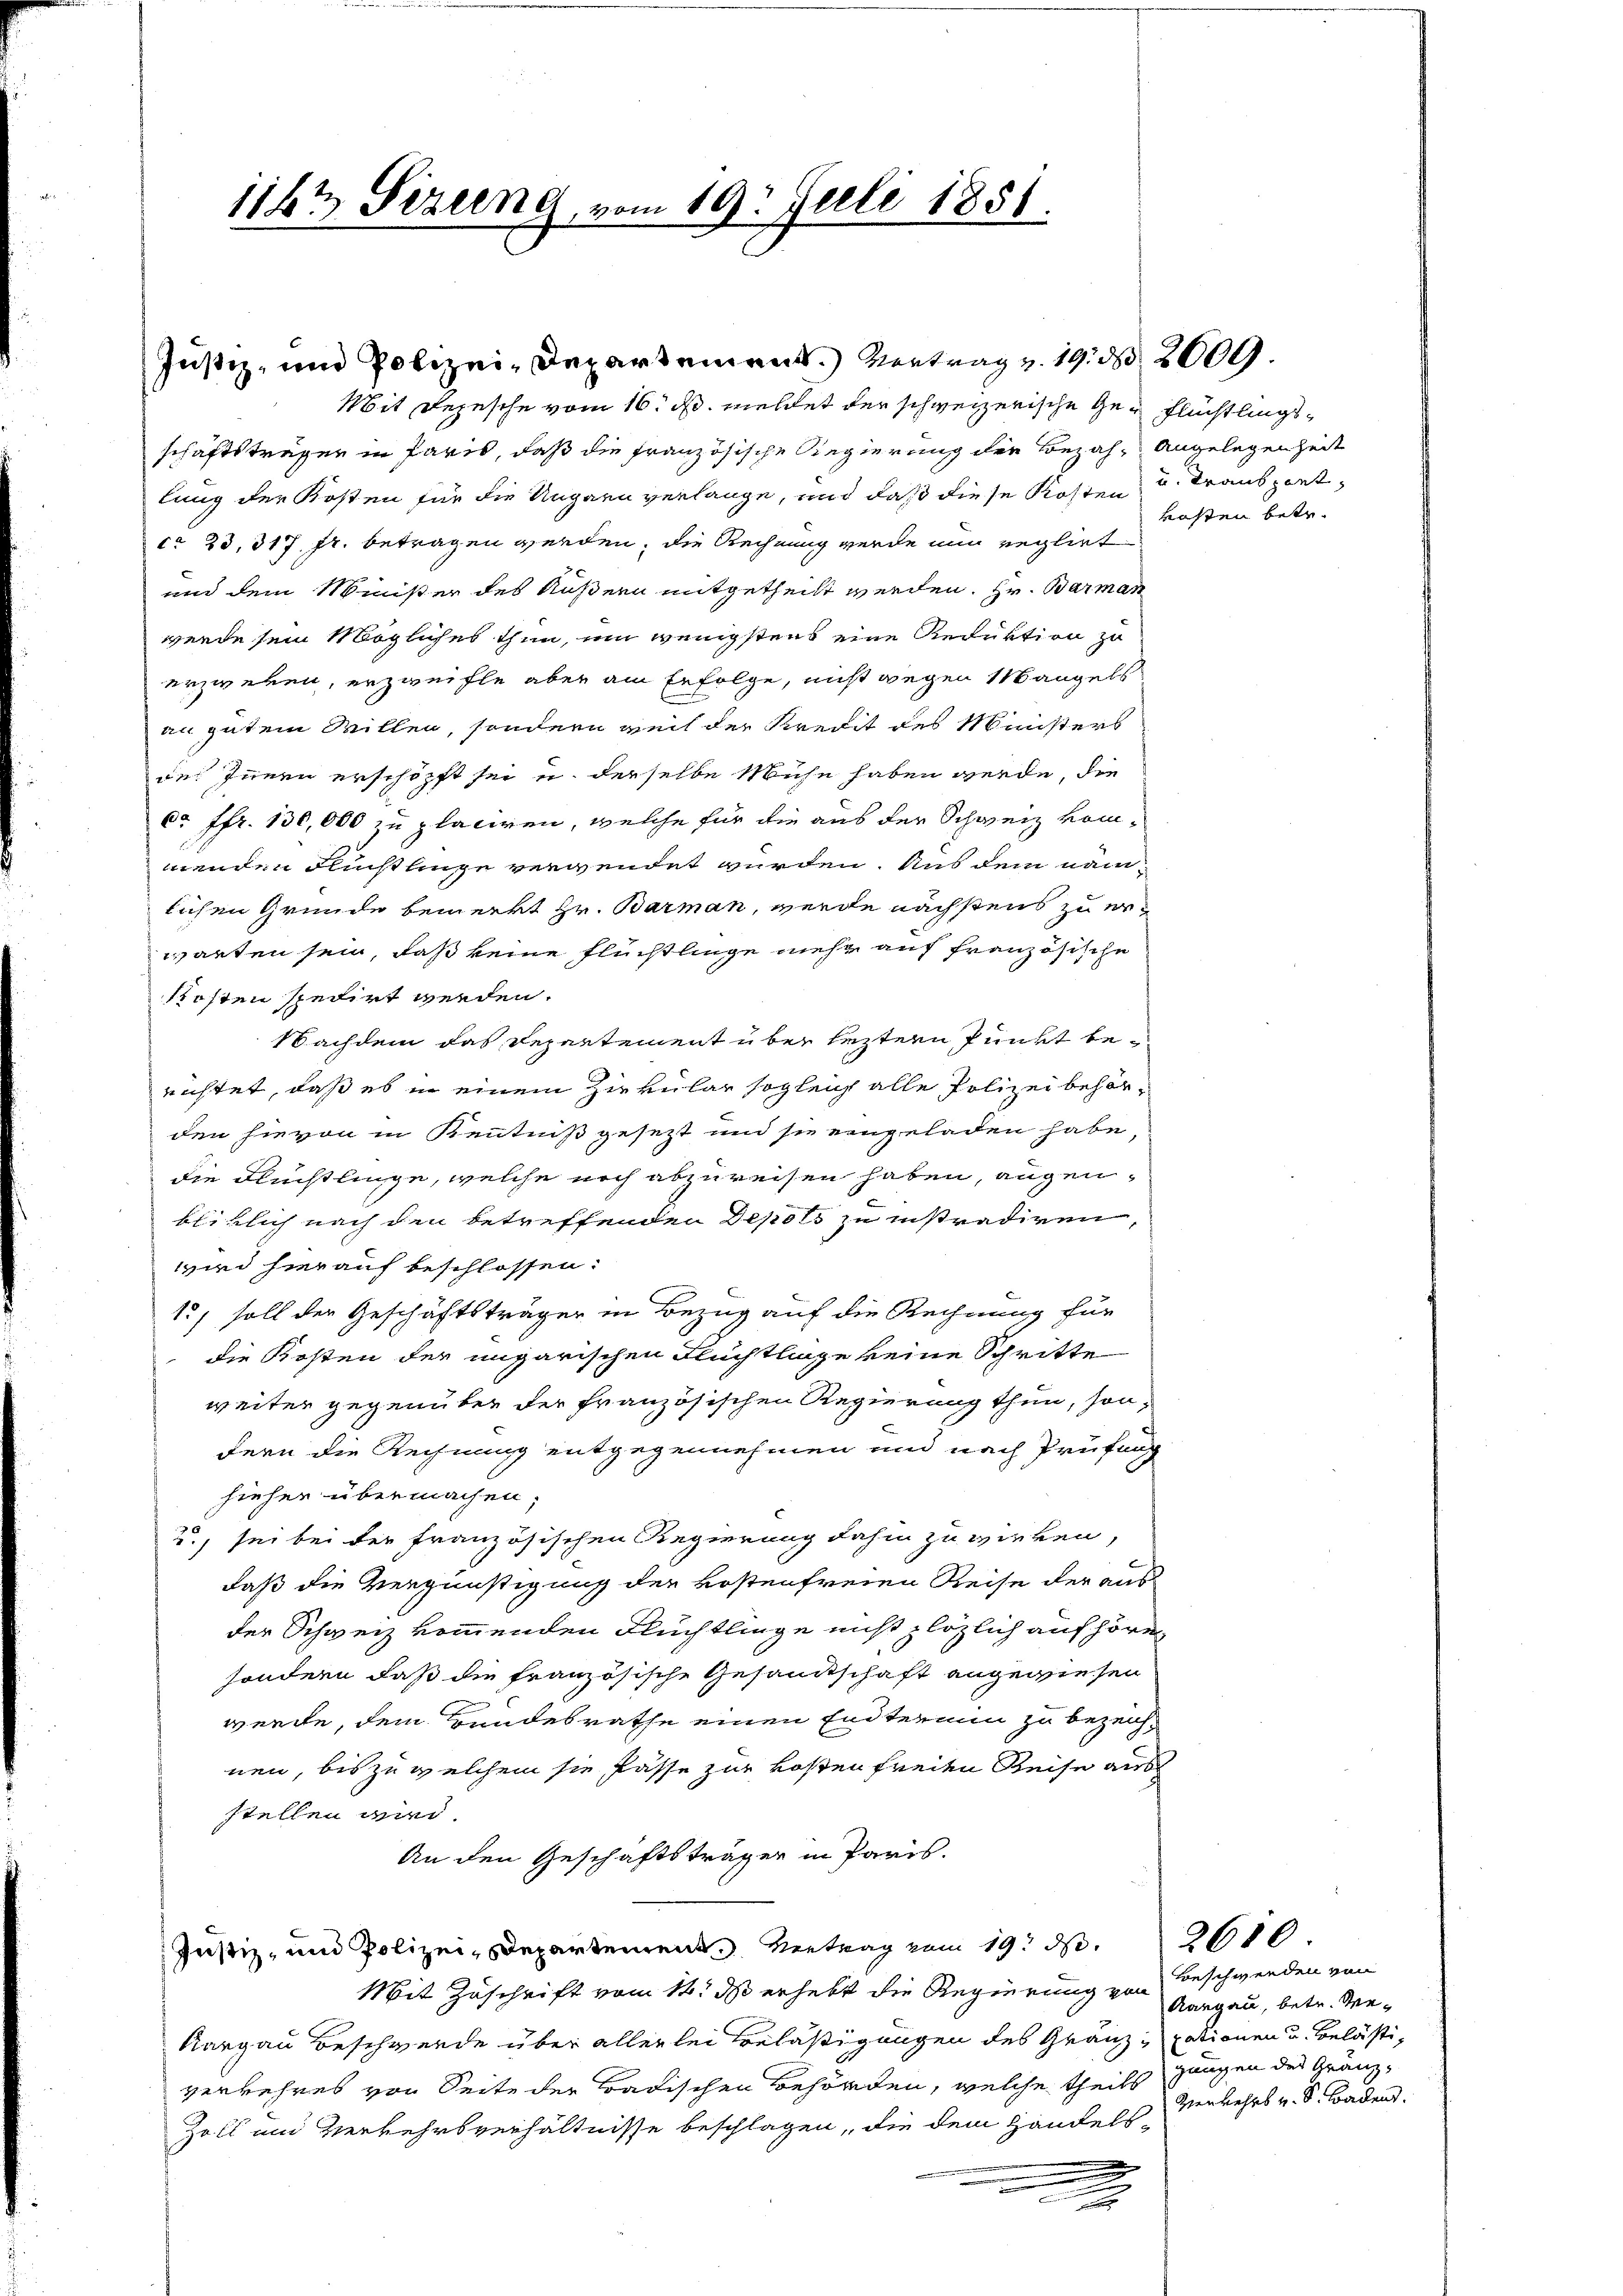
Mit Depesche vom 16. d. meldet der schweizerische Ge- Flüchtlingsschäftsträger in Paris, daß die französische Regierung der Bezah- Angelegen Zeit
lung der Kosten für die Ungarn verlange, und daß diese Kosten u. Transport-
ca 23, 317. fr. betragen werden, die Rechnung werde nun reglirt
und dem Minister des Äußern mitgetheilt werden. Hr. Barman
werde sein Mögliches thun, um wenigstens eine Reduktion zu
erzwegen, erzweifle aber am Erfolge, nicht wegen Mangels
an gutem Willen, sondern weil der Kredit des Ministers
des Innern erschöpft sei u. derselbe Mühe haben werde, die
ca ffr. 130,000 zu placiren, welche für die aus der Schweiz kom-
menden Flüchtlinge verwendet wurden. Aus dem nämlichen Grunde bemerkt Hr. Barman, werde nächstens zu erwarten sein, daß keine Flüchtlinge mehr auf französische
kosten spedirt werden.
Nachdem das Departement über leztern Punkt berichtet, daß es in einem Zirkular sogleich alle Polizei behörden hievon in Kenntniß gesezt und sie eingeladen habe,
die Flüchtlinge, welche noch abzureisen haben, augenblicklich nach den betreffenden Depot zu instradiren,
wird hierauf beschlossen:
12, soll der Geschäftsträger in Bezug auf die Rechnung für
die Kosten der ungarischen Fluchtlinge keine Schritte
weiter gegenüber der französischen Regierung thun, sonfern die Rechnung entgegennehmen und nach Prüfung
hieher übermachen.
2., sei bei der französischen Regierung dahin zu wirken,
daß die Vergünstigung der Kostenfreien Reise der ausder Schweiz kommenden Flüchtlinge nicht plözlich auf hören,
sondern daß die französische Gesandtschaft angewiesen
werde, dem Bundesrathe einen Endtermin zu bezeichnen, bis zu welchem sie fasse zur Kosten freien Reise aus
stellen wird.
An den Geschäftsträger in Paris.
Justiz- und Polizei-Departement Vertrag vom 19. ds.
Mit Zuschrift vom 14. dß erhebt die Regierung von Beschwerden von
Aargau Beschwerde über allerlei Belästigungen des Gränz "pationen u. Belästiverkehres von Seite der Badischen Behörden, welche theils zungen des Gränz¬
Zoll und Verkehrsverhältnisse beschlagen, die dem Handels¬
u
2

1167 Perung, vom 19. Juli 1851.

Justiz- und Polizei-Departement.) Vertrag v. 19. d. 2009.

kasten betr.

2610
Aargau, betr. Ver¬
Verkehrs v. S. Badend.